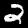
Digit: 2